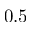
0 . 5